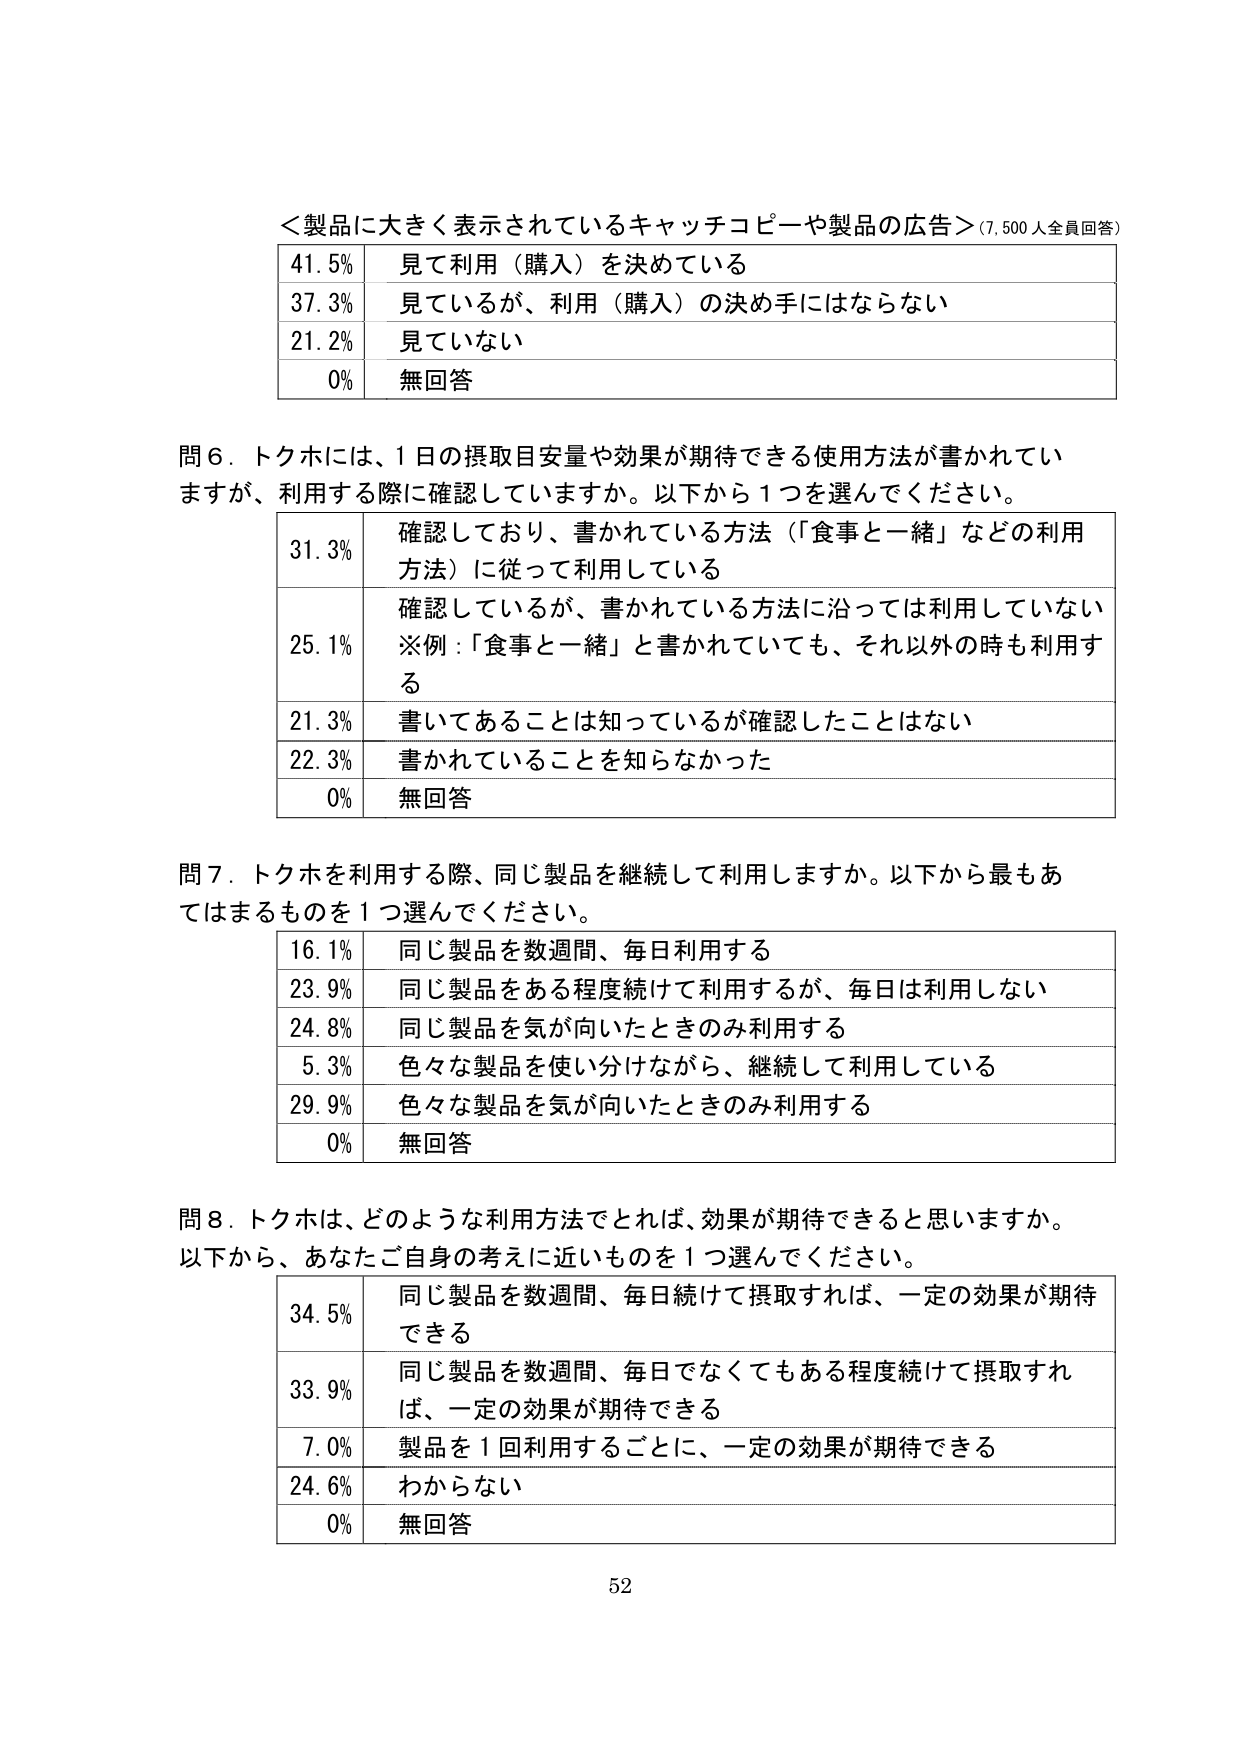
＜製品に大きく表示されているキャッチコピーや製品の広告＞（7,500人全員回答）
41.5% 見て利用（購入）を決めている
37.3% 見ているが、利用（購入）の決め手にはならない
21.2% 見ていない
0% 無回答

問６．トクホには、1日の摂取目安量や効果が期待できる使用方法が書かれていますが、利用する際に確認していますか。以下から1つを選んでください。
31.3% 確認しており、書かれている方法（「食事と一緒」などの利用方法）に従って利用している
25.1% 確認しているが、書かれている方法に沿っては利用していない
※例：「食事と一緒」と書かれていても、それ以外の時も利用する
21.3% 書いてあることは知っているが確認したことはない
22.3% 書かれていることを知らなかった
0% 無回答

問７．トクホを利用する際、同じ製品を継続して利用しますか。以下から最もあてはまるものを1つ選んでください。
16.1% 同じ製品を数週間、毎日利用する
23.9% 同じ製品をある程度続けて利用するが、毎日は利用しない
24.8% 同じ製品を気が向いたときのみ利用する
5.3% 色々な製品を使い分けながら、継続して利用している
29.9% 色々な製品を気が向いたときのみ利用する
0% 無回答

問８．トクホは、どのような利用方法でとれば、効果が期待できると思いますか。以下から、あなたご自身の考えに近いものを1つ選んでください。
34.5% 同じ製品を数週間、毎日続けて摂取すれば、一定の効果が期待できる
33.9% 同じ製品を数週間、毎日でなくてもある程度続けて摂取すれば、一定の効果が期待できる
7.0% 製品を1回利用するごとに、一定の効果が期待できる
24.6% わからない
0% 無回答

52